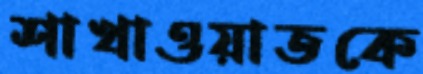
শাখাওয়াতকে